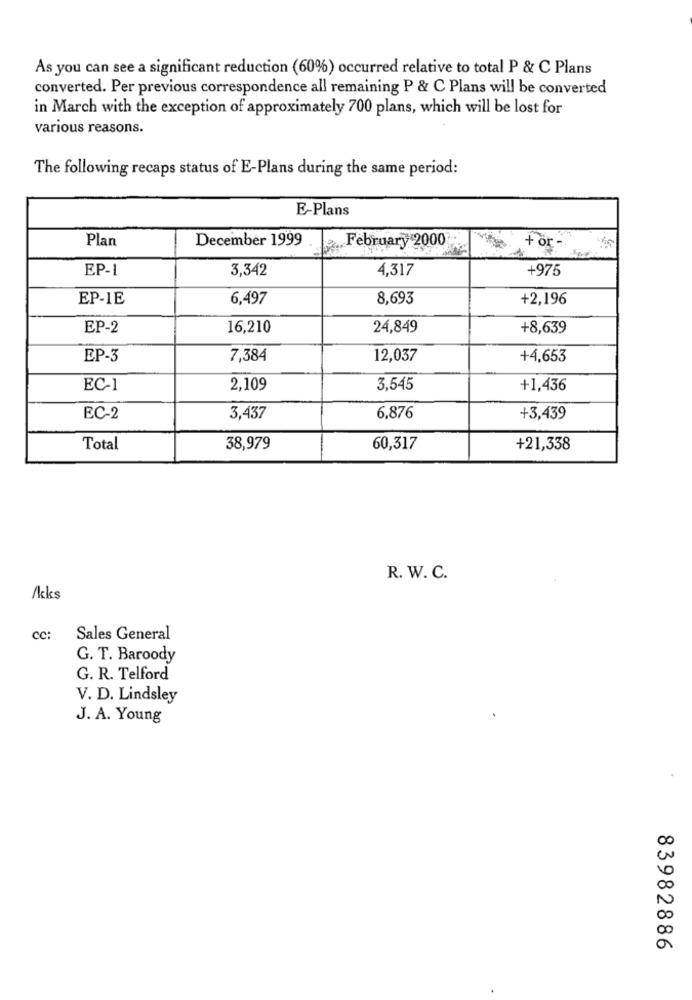
As you can see a significant reduction (60%) occurred relative to total P & C Plans
converted. Per previous correspondence all remaining P & C Plans will be converted
in March with the exception of approximately 700 plans, which will be lost for
various reasons.
The following recaps status of E-Plans during the same period:
E-Plans
Plan
December 1999
February 2000
+ or
EP-1
3,342
4,317
+975
EP-1E
6,497
8,693
+2,196
EP-2
16,210
24,849
+8,639
EP-3
7,384
12,037
+4,653
EC-1
2,109
3,545
+1,436
EC-2
3,437
6,876
+3,439
Total
38,979
60,317
+21,338
R. W. C.
/kcks
cc:
Sales General
G. T. Baroody
G. R. Telford
V. D. Lindsley
J. A. Young
83982886